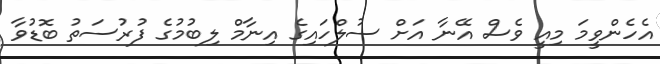
އެހެންވީމަ މިއީ ވެސް އޭނާ އަށް ސުލްހައިގެ އިނާމް ލިބުމުގެ ފުރުސަތު ބޮޑުވާ